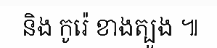
និង កូរ៉េ ខាងត្បូង ៕